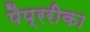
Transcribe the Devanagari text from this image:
पैप्ररीका